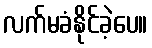
လက်မခံနိုင်ခဲ့ပေ။